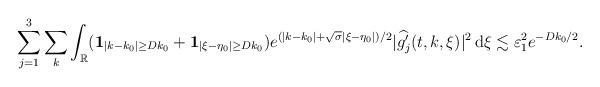
LaTeX: \begin{align*}\sum_{j=1}^3\sum_k\int_{\mathbb{R}}(\mathbf{1}_{|k-k_0|\geq D k_0}+\mathbf{1}_{|\xi-\eta_0|\geq Dk_0})e^{(|k-k_0|+\sqrt{\sigma}|\xi-\eta_0|)/2}|\widehat{g_j'}(t,k,\xi)|^2\,\mathrm{d}\xi\lesssim \varepsilon_1^2e^{-Dk_0/2}.\end{align*}